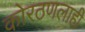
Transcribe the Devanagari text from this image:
कोरठणलाही